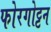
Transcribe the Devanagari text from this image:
फोरगोट्टन